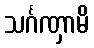
သင်္ဂဏှာမိ